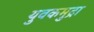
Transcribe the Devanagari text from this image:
युवकमुद्रा